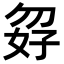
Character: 𪥸